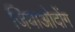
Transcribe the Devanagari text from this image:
जियाओदोंग